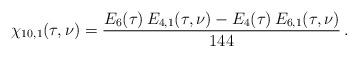
LaTeX: \begin{align*}\chi_{10,1}(\tau,\nu)= \frac{E_6(\tau)\,E_{4,1}(\tau,\nu)-E_4(\tau)\,E_{6,1}(\tau,\nu)}{144}\,.\end{align*}